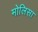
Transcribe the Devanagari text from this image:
मोलिसा